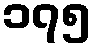
၁၇၅